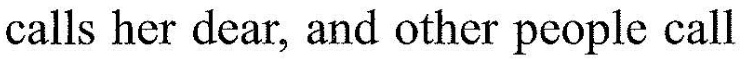
calls her dear, and other people call